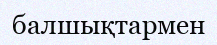
балшықтармен